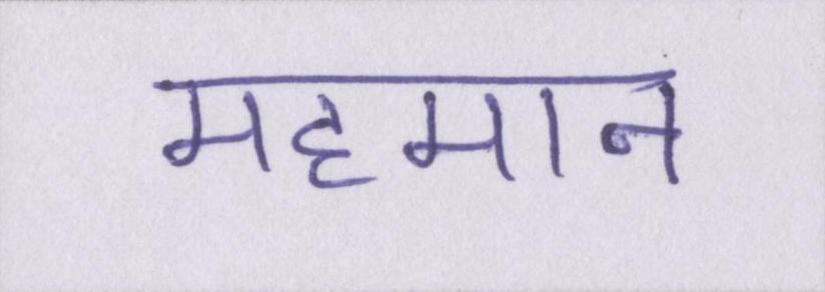
महमान